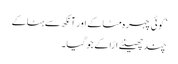
’کوئی چہرہ مٹاکے اور آنکھ سے ہٹاکے
چند چھینٹے اڑا کے جو گیا۔